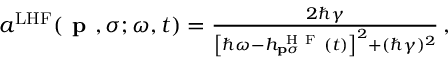
\begin{array} { r } { a ^ { \mathrm { L H F } } ( \textbf { p } , \sigma ; \omega , t ) = \frac { 2 \hbar \gamma } { \left[ \hbar \omega - h _ { \mathbf { p } \sigma } ^ { \mathrm { ~ H ~ F ~ } } ( t ) \right] ^ { 2 } + ( \hbar \gamma ) ^ { 2 } } \, , } \end{array}